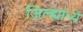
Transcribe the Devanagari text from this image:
जिल्ह्यांध्ये